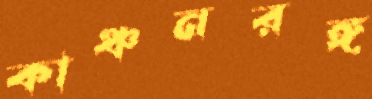
কাঞ্চনরঙ্গ